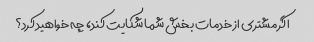
اگر مشتری از خدمات بخش شما شکایت کند، چه خواهید کرد؟